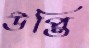
উপ্তি